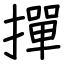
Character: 撣